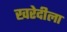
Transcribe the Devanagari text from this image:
खरेदीला